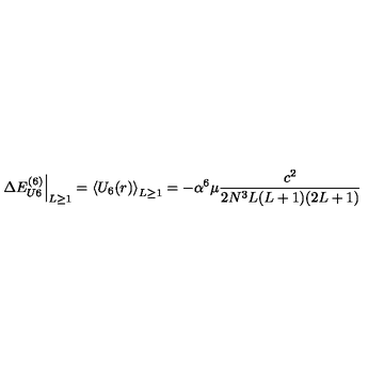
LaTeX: \left. \Delta E _ { U 6 } ^ { ( 6 ) } \right| _ { L \ge 1 } = \left\langle U _ { 6 } ( r ) \right\rangle _ { L \ge 1 } = - \alpha ^ { 6 } \mu \frac { c ^ { 2 } } { 2 N ^ { 3 } L ( L + 1 ) ( 2 L + 1 ) }